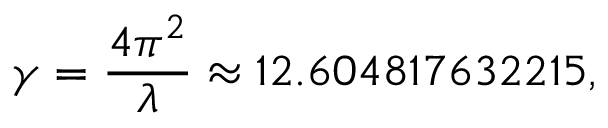
\gamma = { \frac { 4 \pi ^ { 2 } } { \lambda } } \approx 1 2 . 6 0 4 8 1 7 6 3 2 2 1 5 ,